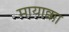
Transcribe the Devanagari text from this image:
मायाक्का